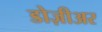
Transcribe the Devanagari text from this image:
डोज़ीअर